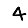
Digit: 4